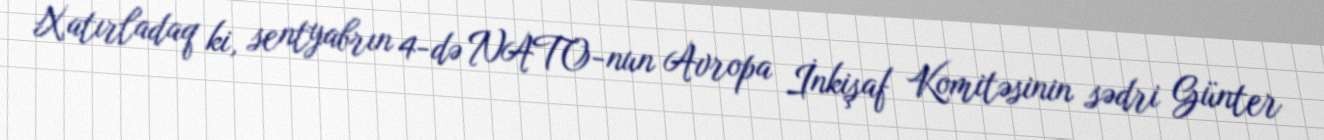
Xatırladaq ki, sentyabrın 4-də NATO-nun Avropa İnkişaf Komitəsinin sədri Günter